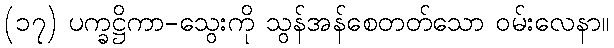
(၁၇) ပက္ခဋ္ဌိကာ-သွေးကို သွန်အန်စေတတ်သော ဝမ်းလေနာ။